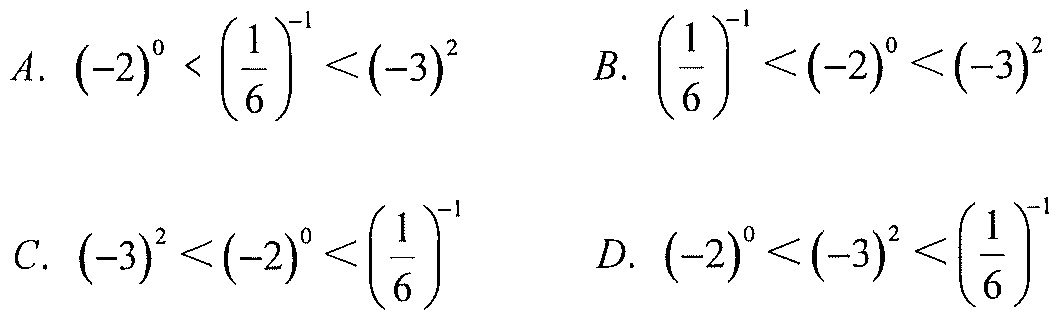
\(A.\ (-2)^{0} < \left(\dfrac{1}{6}\right)^{-1}<(-3)^{2}\)
\(B.\ \left(\dfrac{1}{6}\right)^{-1}<(-2)^{0}<(-3)^{2}\)
\(C.\ (-3)^{2}<(-2)^{0}<\left(\dfrac{1}{6}\right)^{-1}\)
\(D.\ (-2)^{0}<(-3)^{2}<\left(\dfrac{1}{6}\right)^{-1}\)